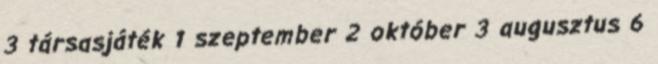
3 társasjáték 1 szeptember 2 október 3 augusztus 6